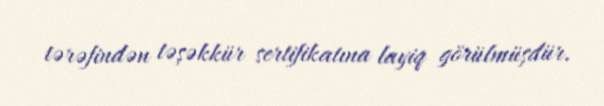
tərəfindən təşəkkür sertifikatına layiq görülmüşdür.